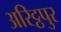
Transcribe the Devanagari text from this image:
अरिट्ठपुर